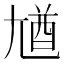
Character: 𡯾